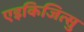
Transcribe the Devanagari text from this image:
एइकिजित्सु